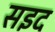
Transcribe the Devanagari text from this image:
सइद